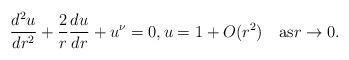
LaTeX: \begin{align*}\frac{d^2u}{dr^2}+\frac{2}{r}\frac{du}{dr}+u^{\nu}=0,u=1+O(r^2)\quad\mbox{as}r\rightarrow 0.\end{align*}